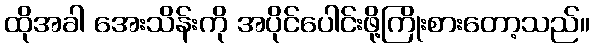
ထိုအခါ အေးသိန်းကို အပိုင်ပေါင်းဖို့ကြိုးစားတော့သည်။